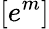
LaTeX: [e^{m}]